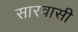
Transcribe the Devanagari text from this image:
सारवासी